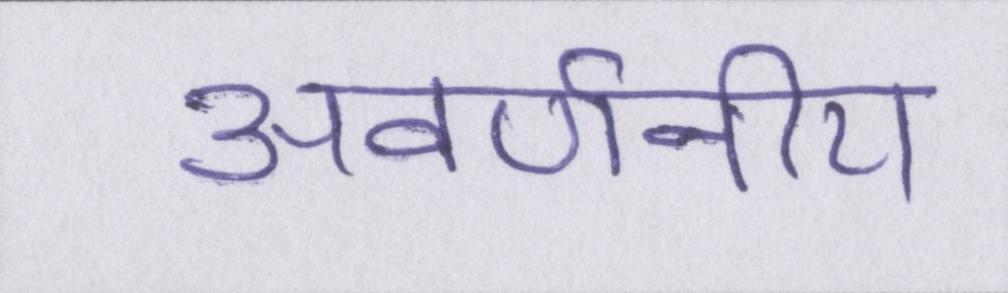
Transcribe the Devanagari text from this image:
अवर्णनीय